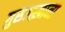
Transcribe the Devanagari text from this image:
ग़ुसलख़ाना